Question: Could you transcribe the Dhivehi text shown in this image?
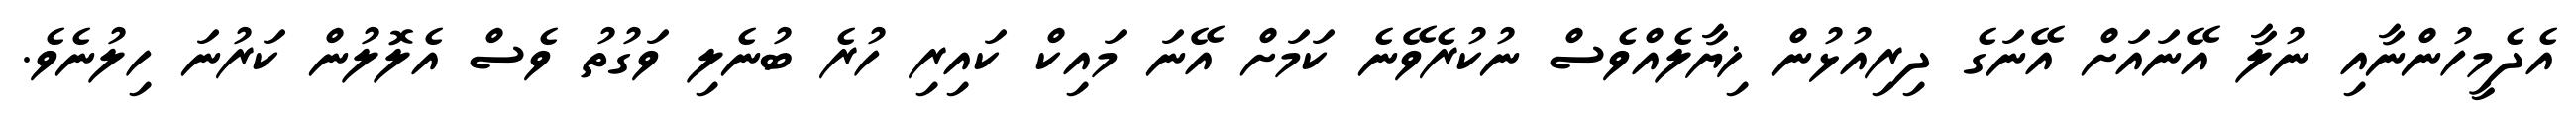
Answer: އެދެމީހުންނާއި ނުލާ އޭނައަށް އޭނަގެ ދިރިއުޅުން ޚިޔާލެއްވެސް ނުކުރެވޭނެ ކަމަށް އޭނަ މައިކް ކައިރި ހުރެ ބުނެލި ވަގުތު ވެސް އެލޮލުން ކަރުނަ ހިލުނެވެ.